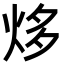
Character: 㶴